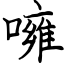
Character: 噰